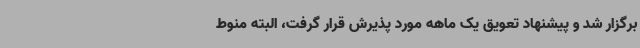
برگزار شد و پیشنهاد تعویق یک ماهه مورد پذیرش قرار گرفت، البته منوط